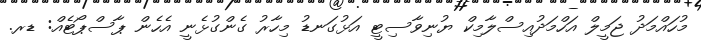
މުހައްމަދު ޖަމީލް އަހްމަދުއިސްލާމިކް ޔުނިވާސިޓީ އަޅުގަނޑު މިހާރު ގެންގުޅެނީ އެހެން ޕާސްޕޯޓެއް: ޑރ.